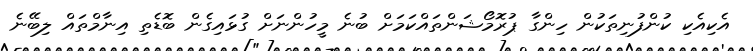
އެކިއެކި ކުންފުނިތަކުން ހިންގާ ޕުރޮމޯޝަންތައްކަމަށް ބުނެ މީހުންނަށް ގުޅައިގެން ބޮޑެތި އިނާމްތައް ލިބޭނެ